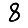
Digit: 8